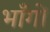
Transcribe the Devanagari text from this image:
भाँगों